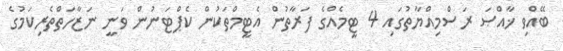
ބޭއްވި ޚާއްޞަ ރަސްމިއްޔާތުގައި 4 ޓީމެއްގެ ފަރާތުން އެޓީމްތަކުން ކެޕްޓަނުން ވަނީ ނަޒާހަތްތެރިކަމުގެ